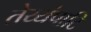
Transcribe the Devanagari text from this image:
तेय्यंपाटि